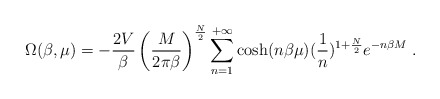
\begin{align*}\Omega(\beta,\mu)=-{2V\over\beta} \left({M \over2\pi\beta}\right)^{N\over 2} \sum_{n=1}^{+\infty}\cosh(n\beta\mu) ({1 \over n})^{1+{N\over 2}}e^{-n\beta M}\;.\end{align*}